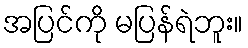
အပြင်ကို မပြန်ရဲဘူး။